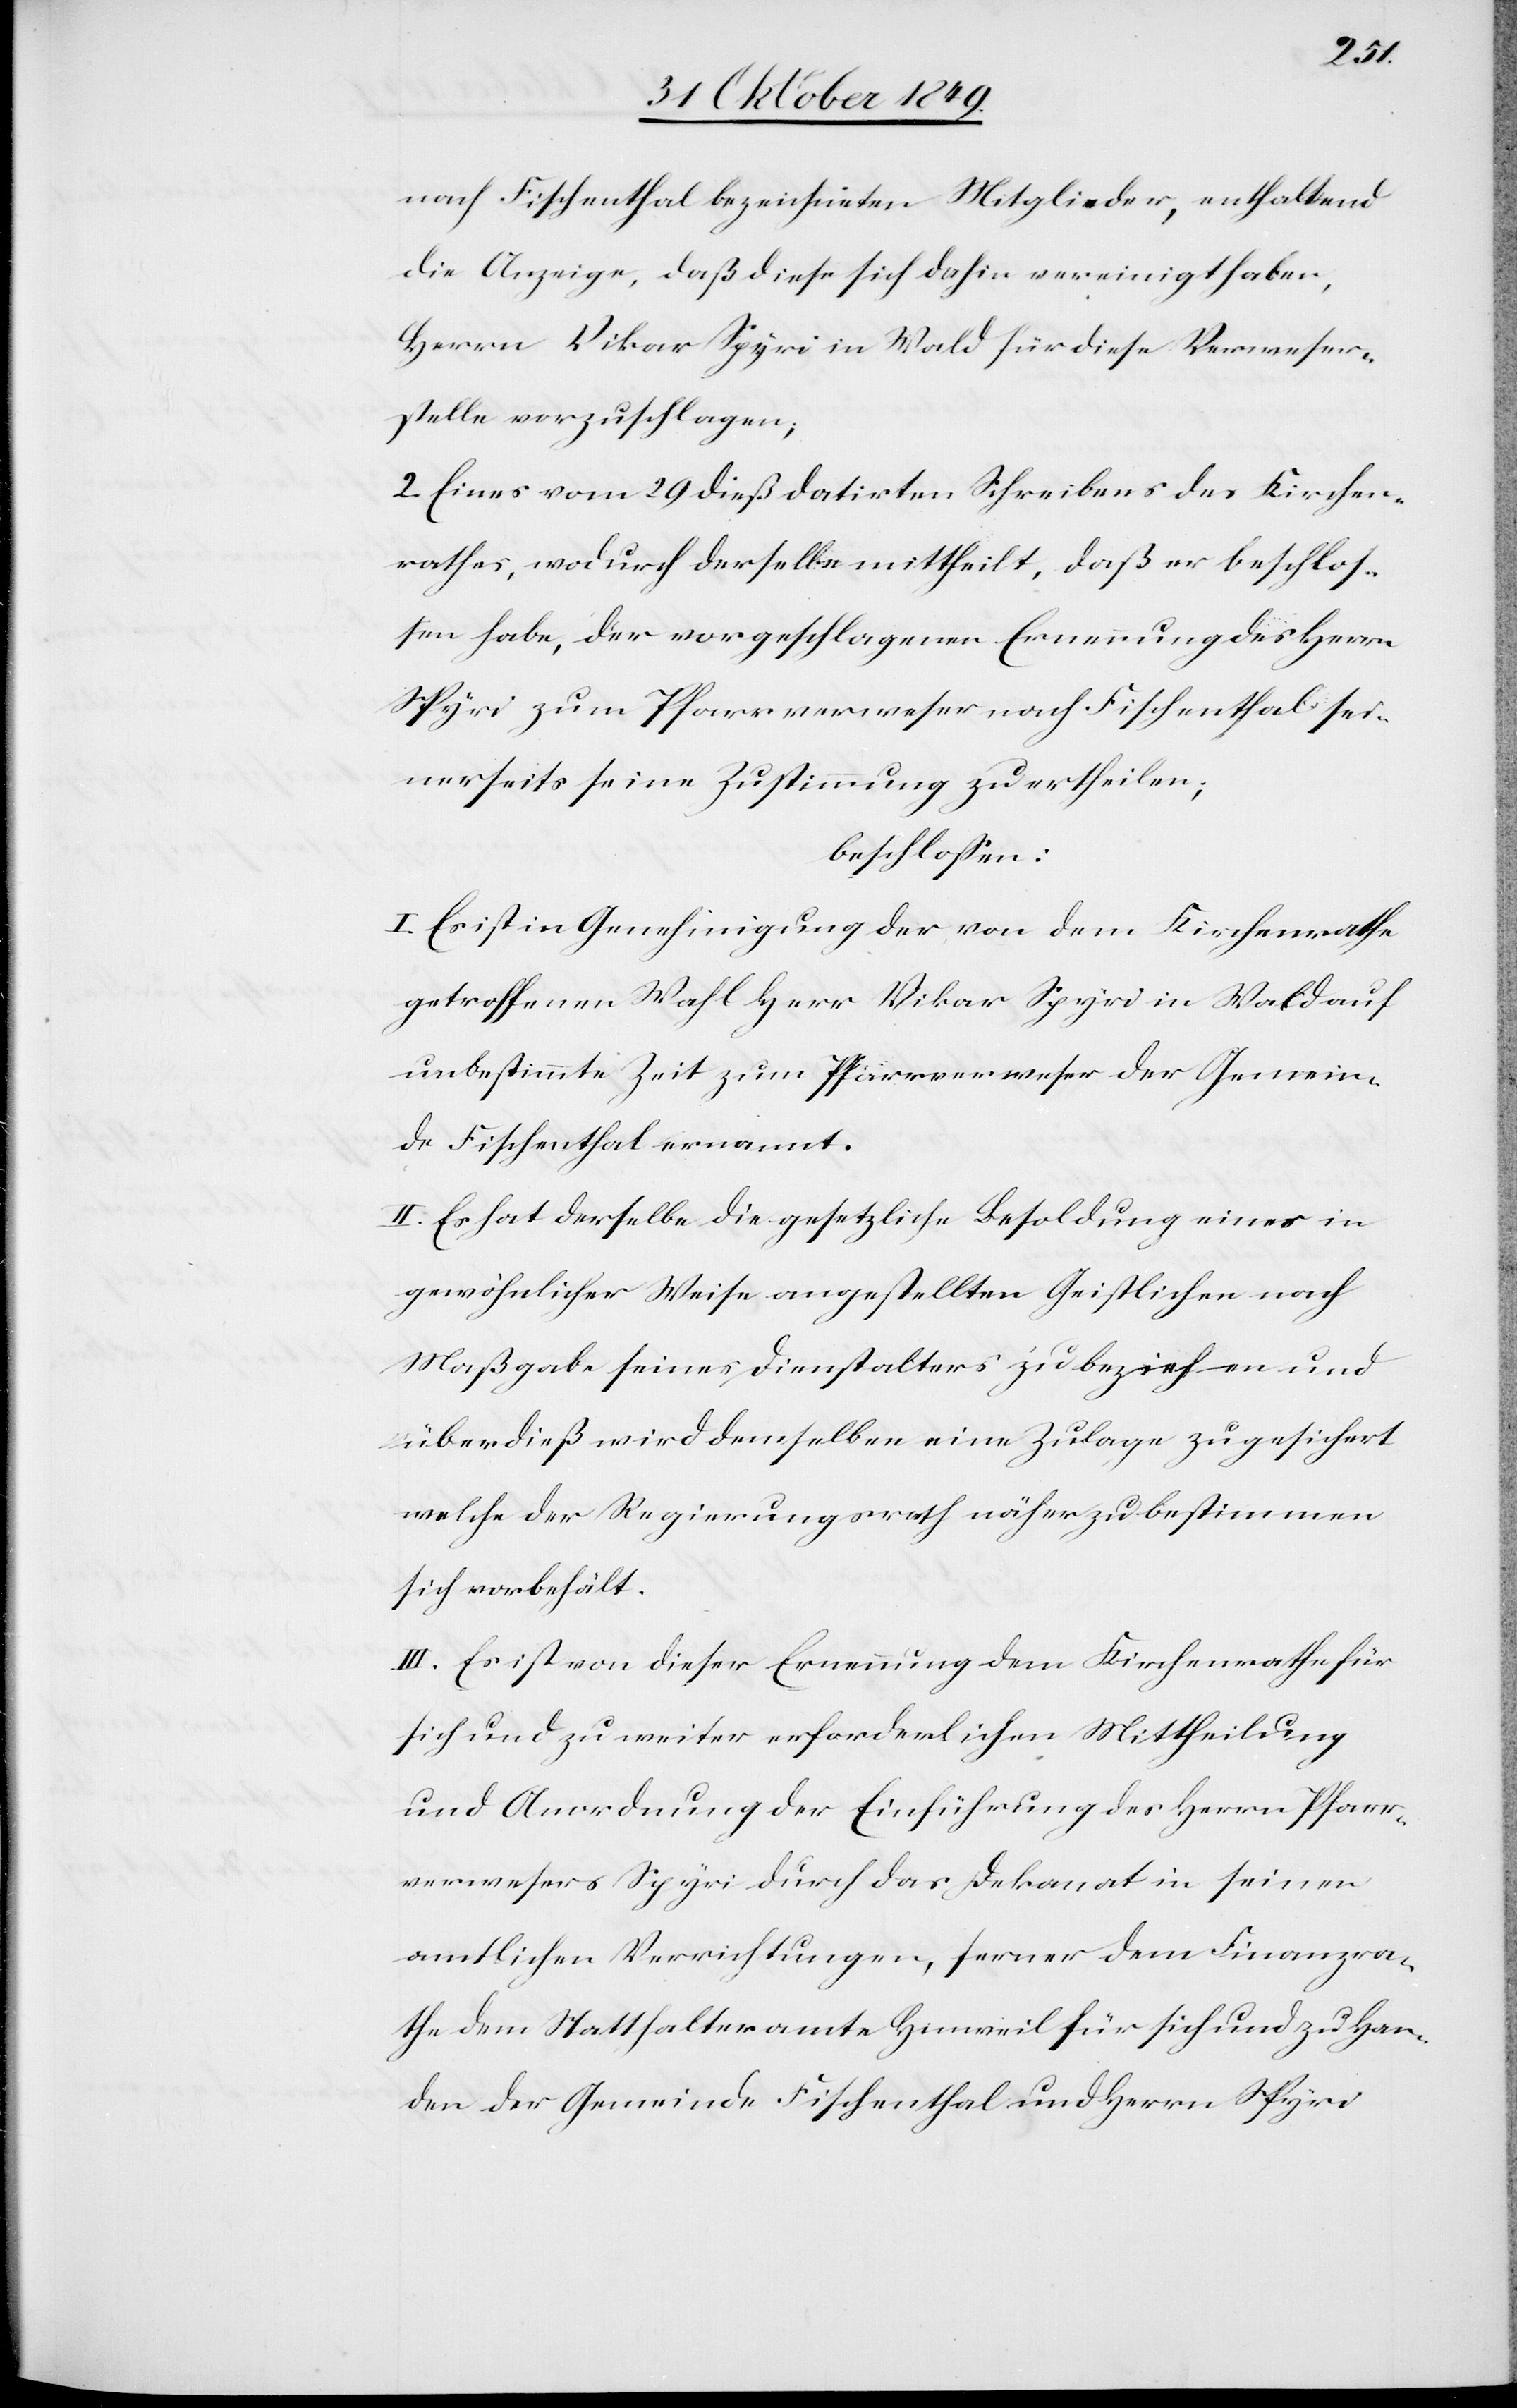
nach Fischenthal bezeichneten Mitglieder, enthaltend
die Anzeige, daß diese sich dahin vereinigt haben,
Herrn Vikar Spyri in Wald für diese Verweser¬
stelle vorzuschlagen;
2. Eines vom 29 dieß datirten Schreibens des Kirchen¬
rathes, wodurch derselbe mittheilt, daß er beschloß¬
en habe, der vorgeschlagenen Ernennung des Herrn
Spyri zum Pfarrverweser nach Fischenthal sei¬
nerseits seine Zustimmung zu ertheilen;
beschloßen:
I. Es ist in Genehmigung der von dem Kirchenrathe
getroffenen Wahl Herr Vikar Spyri in Wald auf
unbestimmte Zeit zum Pfarrverweser der Gemein¬
de Fischenthal ernannt.
II. Es hat derselbe die gesetzliche Besoldung eines in
gewöhnlicher Weise angestellten Geistlichen nach
Maßgabe seines Dienstalters zu beziehen und
überdieß wird demselben eine Zulage zugesichert
welche der Regierungsrath näher zu bestimmen
sich vorbehält.
III. Es ist von dieser Ernennung dem Kirchenrathe für
sich und zu weiter erforderlichen Mittheilung
und Anordnung der Einführung des Herrn Pfarr¬
verwesers Spyri durch das Dekanat in seinen
amtlichen Verrichtungen, ferner dem Finanzra¬
the dem Statthalteramte Hinweil für sich und zu Han¬
den der Gemeinde Fischenthal und Herrn Spyri